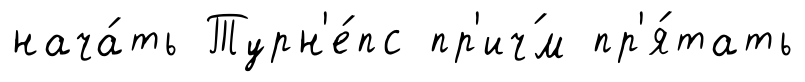
нача́ть Турн'е́пс пр'ич́м пр'я́тать